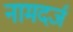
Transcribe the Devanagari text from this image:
नामदर्ज